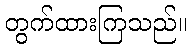
တွက်ထားကြသည်။